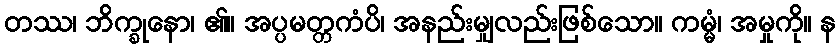
တဿ၊ ဘိက္ခုနော၊ ၏။ အပ္ပမတ္တကံပိ၊ အနည်းမျှလည်းဖြစ်သော။ ကမ္မံ၊ အမှုကို။ န